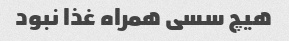
هیچ سسی همراه غذا نبود